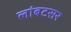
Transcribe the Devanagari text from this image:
लांबटसर